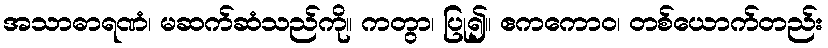
အသာဓာရဏံ၊ မဆက်ဆံသည်ကို။ ကတွာ၊ ပြု၍။ ဧကကောဝ၊ တစ်ယောက်တည်း